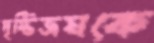
দৃষ্টিভ্রমকে